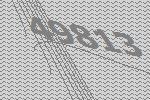
49813